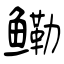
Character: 鳓